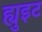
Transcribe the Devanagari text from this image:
ह्युइट